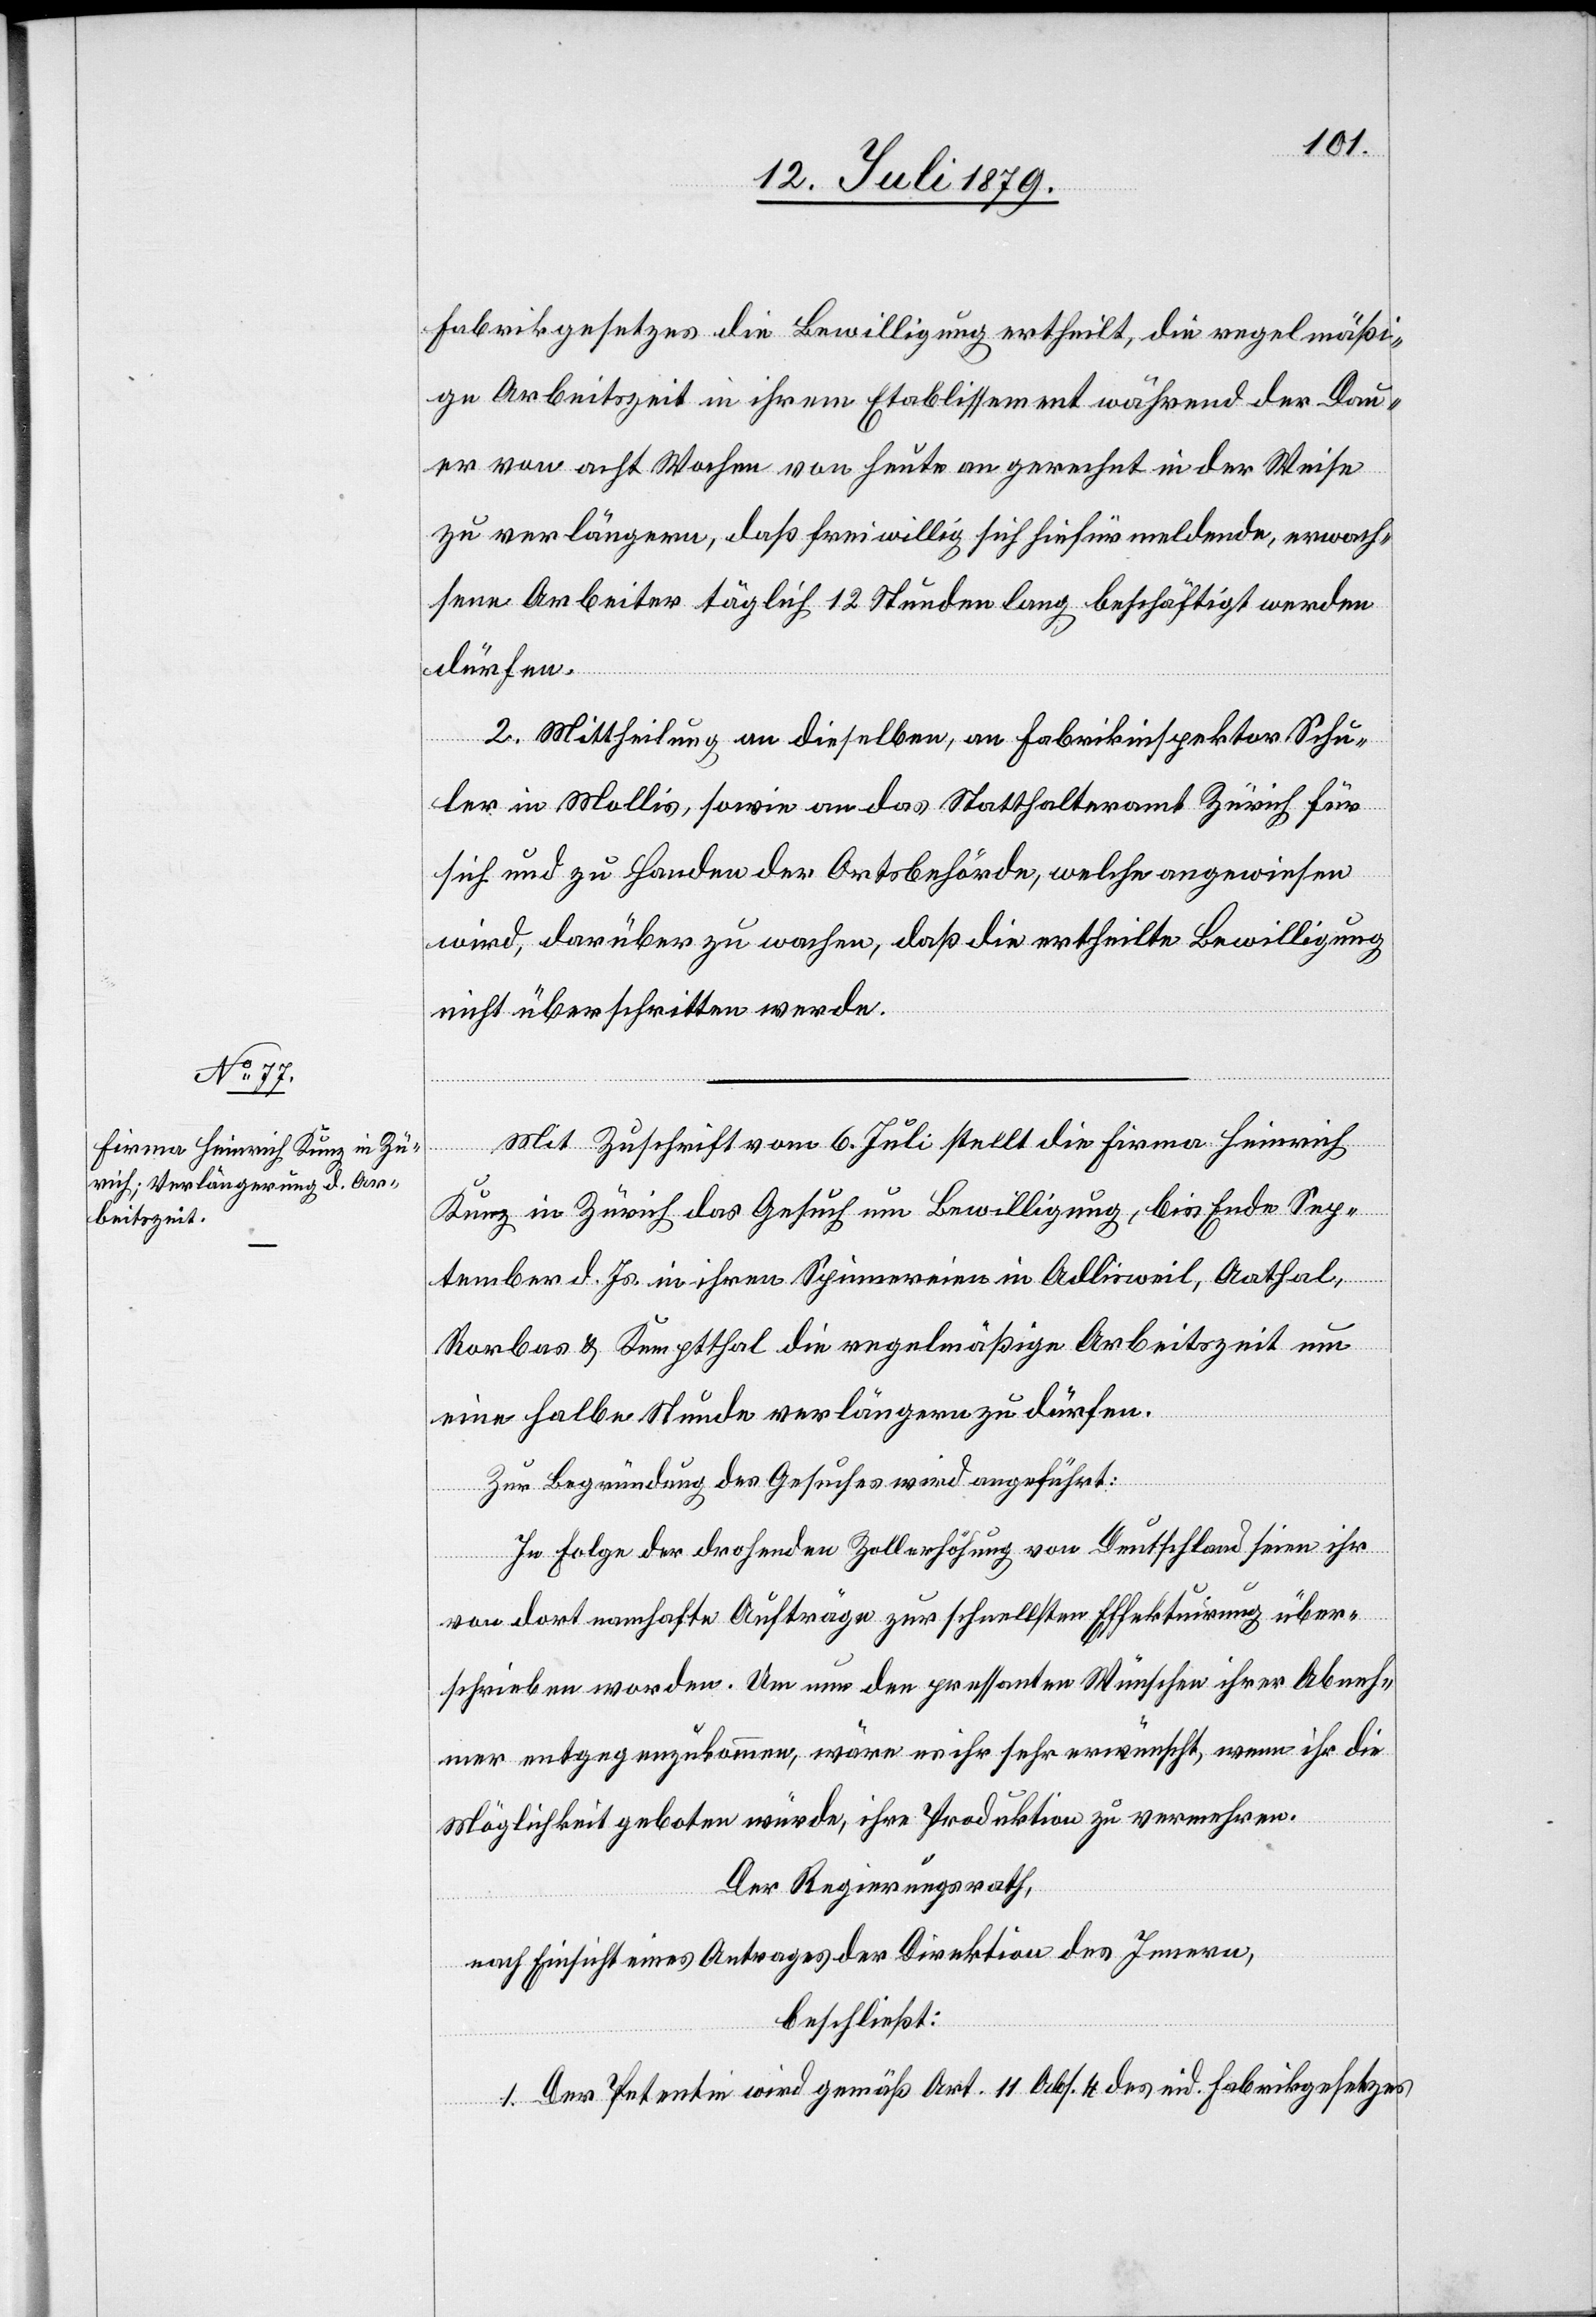
Fabrikgesetzes die Bewilligung ertheilt, die regelmäßi¬
ge Arbeitszeit in ihrem Etablissement während der Dau¬
er von acht Wochen von heute an gerechn[e]t in der Weise
zu verlängern, daß freiwillig sich hiefür meldende, erwach¬
sene Arbeiter täglich 12 Stunden lang beschäftigt werden
dürfen.
2. Mittheilung an dieselben, an Fabrikinspektor Schu¬
ler in Mollis, sowie an das Statthalteramt Zürich für
sich und zu Handen der Ortsbehörde, welche angewiesen
wird, darüber zu wachen, daß die ertheilte Bewilligung
nicht überschritten werde.
Mit Zuschrift vom 6. Juli stellt die Firma Heinrich
Kunz in Zürich das Gesuch um Bewilligung, bis Ende Sep¬
tember d. Js. in ihren Spinnereien in Adlisweil, Aathal,
Rorbas & Kemptthal die regelmäßige Arbeitszeit um
eine halbe Stunde verlängern zu dürfen.
Zur Begründung des Gesuches wird angeführt:
In Folge der drohenden Zollerhöhung von Deutschland seien ihr
von dort namhafte Aufträge zur schnellsten Effektuirung über¬
schrieben worden. Um nun den pressanten Wünschen ihrer Abneh¬
mer entgegenzukommen, wäre es ihr sehr erwünscht, wenn ihr die
Möglichkeit geboten würde, ihre Produktion zu vermehren.
Der Regierungsrath,
nach Einsicht eines Antrages der Direktion des Innern,
beschließt:
1. Der Petentin wird gemäß Art. 11 Abs. 4 des eid. Fabrikgesetzes